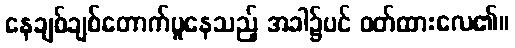
နေချစ်ချစ်တောက်ပူနေသည့် အခါ၌ပင် ဝတ်ထားလေ၏။